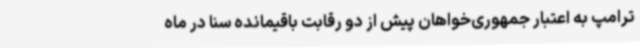
ترامپ به اعتبار جمهوری‌خواهان پیش از دو رقابت باقیمانده سنا در ماه